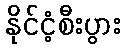
နိုင်ငံ့စီးပွား